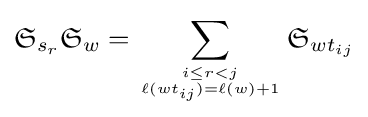
{\mathfrak {S}}_{s_{r}}{\mathfrak {S}}_{w}=\sum _{{i\leq r<j} \atop {\ell (wt_{ij})=\ell (w)+1}}{\mathfrak {S}}_{wt_{ij}}